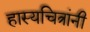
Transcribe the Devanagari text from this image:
हास्यचित्रांनी